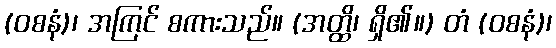
(ဝစနံ)၊ အကြင် စကားသည်။ (အတ္ထိ၊ ရှိ၏။) တံ (ဝစနံ)၊